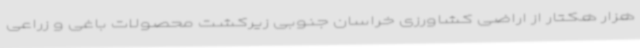
هزار هکتار از اراضی کشاورزی خراسان جنوبی زیرکشت محصولات باغی و زراعی